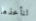
لنأخذها